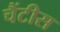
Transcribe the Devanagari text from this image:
चैंटीस